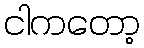
ငါကတော့